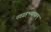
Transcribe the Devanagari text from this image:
नवग्रहभयापहम्